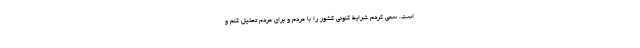
است. سعی کردم شرایط کنونی کشور را با مردم و برای مردم تحلیل کنم و